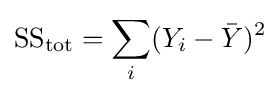
{\text{SS}}_{\text{tot}}=\sum _{i}(Y_{i}-{\bar {Y}})^{2}